Vital statistics of India. Vol. VI, European troops 1870-79
Year: 1870
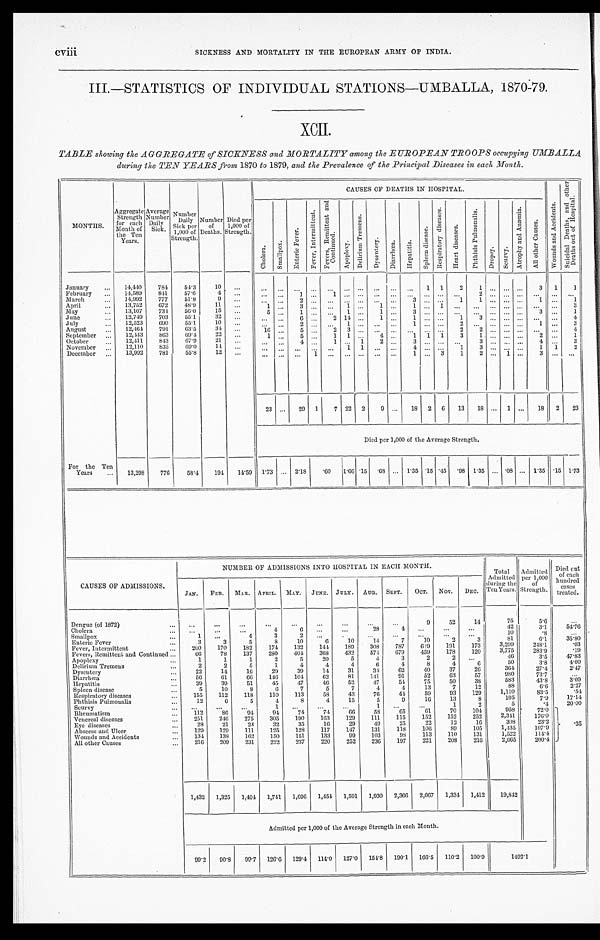
cviii
SICKNESS AND MORTALITY IN THE EUROPEAN ARMY OF INDIA.
III.—STATISTICS OF INDIVIDUAL STATIONS—UMBALLA, 1870-79.
X C I I .
TABLE showing the AGGREGATE of SICKNESS and MORTALITY among the EUROPEAN TROOPS occupying UMBALL
A during the TEN YEARS from 1870 to 1879, and the Prevalence of the Principal Diseases in each Month.
MONTHS.
Aggregate Strength
f or each Mont h of
the Ten
Years.
Average Number
Daily Sick.
Number Daily
Sick per
1,000 of
Strength.
Number of
Deaths.
Died per
1,000 of
Strength.
CAUSES OF DEATHS IN HOSPITAL.
W o u n d s a n d A c c i d e n t s .
S u i c i d a l D e a t h s , a n d o t h e r D e a t h s o u t o f H o s p i t a l .
C h o l e r a .
S m a l l p o x .
E n t e r i c F e v e r . F e v e r , I n t e r m i t t e n t .
F e v e r s , R e m i t t e n t a n d C o n t i n u e d .
A p o p l e x y .
D e l i r i u m T r e m e n s .
D y s e n t e r y .
D i a r r h œ a .
H e p a t i t i s .
S p l e e n d i s e a s e .
R e s p i r a t o r y d i s e a s e s .
H e a r t d i s e a s e s .
P h t h i s i s P u l m o n a l i s .
D r o p s y .
S c u r v y .
A t r o p h y a n d A n æ m i a .
A l l o t h e r C a u s e s .
January
14,440 784 54.3
10
1 1 2 1
3 1 1
February
14,589 841
5 7 . 6
4
1
1
2
March
14,992 777 51.8
9
2
3
1
1
1
1
April
13,752 672 48.9
11
1
3
1
1
1
1
3
May
13,107 734 56.0 15
5
1
1
1
3
3
1
June
12,749 703 55.1
32
6
2 1 4
1
1
1
3
4
July
12,523 690 55.1
10
2
1
1
2
1
3
August
12,464 791 63.5
34
16
5
2 3
2
2
4
September
12,443 863 69.4 22
1
5
1 1
4
1
1 1 3 1
2
1
October
12,411 843 67.9 21
4
1
1 2
3
3
4
3
November
12,110 835 69.0
14
1 1
4
1
3
1 1 2
December
13,992 781 55.8
12
1
1
3 1 2
1
3
23
29 1 7 22 2 9
18 2 6 13 18
1
18 2 23
Died per 1,000 of the Average Strength.
For the Ten
Years
13,298 776
58.4 194 14.59 1.73
2.18 .60
1 . 6 6 .15 .68
1.35 .15 .45 .98 1.35
. 0 8
1.35 .15 1. 73
CAUSES OF ADMISSIONS.
NUMBER OF ADMISSIONS INTO HOSPITAL IN EACH MONTH.
Total
Admitted
duri ng t he
Ten Years.
Admitted
per 1,000 o
f Strength.
D i e d o u t o f e a c h h u n d r e d c a s e s t r e a t e d .
JAN. FEB. MAR. APRIL. MAY. JUNE. JULY. AUG. SEPT. OCT. NOV. DEC.
Dengue (of 1872)
9
52
14
75
5. 6
Cholera
4
6
28
4
4 2
3 . 1
5 4 . 7 6
Smallpox
1
4
3
2
1 0
. 8
Enteric Fever
3
3
5
8
10
6
10
14
7
1 0 2
3
8 1
6 . 1
3 5 . 8 0
Fever, Intermittent
200 170 182 174 132 144 189 308 787 649 191 173
3 , 2 9 9
2 4 8 . 1
. 0 3
Fevers, Remittent and Continued
6 6 78 137 280 404 368 432 574 679 459 178 120
3 , 7 7 5
2 8 3 . 9
. 1 9
Apoplexy
1
1
1
2
5
20
5
4
3
2
2
4 6
3 . 5
4 7 . 8 3
Delirium Tremens
2
2
5
1
4
4
4
6
4
8
4
6
5 0
3 . 8
4 . 0 0
Dysentery
22
14
16
29
39
14
31
34
6 2
4 0
3 7
2 6
3 6 4
2 7 . 4
2 . 4 7
Diarrhœa
56
61
66 146 104
62
81 141
9 1
5 2
6 3
5 7
9 8 0
7 3 . 7
Hepatitis
39
39
51
45
47
46
52
47
54 75
50
38
5 8 3
4 3 . 8
3 . 0 9
Spleen disease
5
10
8
6
7
5
7
4
4
13
7
1 2
8 8
6 . 6
2 . 2 7
Respiratory diseases
155 112 118 110 113
58 43
76
44
5 9 93
1 2 9
1 , 1 1 0
8 3 . 5 .54
Phthisis Pulmonalis
12
6
5
4
8
4
15
5
9
1 6 13
8
1 0 5
7 . 9
1 7 . 1 4
Scurvy
1
1
1
2
5
. 4 .35
Rheumatism
1 1 2 86
94 94 74
74
66
58
6 5
6 1
7 0
1 0 4
9 5 8
7 2 . 0
V e n e r e a l d i s e a s e s
251 246 275 305 190 163 129 111 115 152
152
2 5 2
2 , 3 4 1
1 7 6 . 0
Eye diseases
28
21
23
32
35 16
29
49 25
22
1 2
1 6
3 0 8
2 3 . 2
Abscess and Ulcer
129 129 111 125 128 117 147 131 118 106
8 9
1 0 5
1 , 4 3 5
1 0 7 . 9
Wounds and Accidents
134 138 162 150 151 133
99 103
98
1 1 3
1 1 0
1 3 1
1 , 5 2 2
1 1 4 . 4
All other Causes
216 209 231 222 237 220 252 236 197
2 2 1
2 0 8
2 1 6
2 , 6 6 5
2 0 0 . 4
1,432 1,325 1,494 1,741 1,696 1,451 1,591 1,930 2,366 2,067 1,334 1,412 19,842
Admitted per 1,000 of the Average Strength in each Month.
99.2 90.8 99.7 126.6 129.4 114.0 127.0 154.8 190.1 166.5 110.2 100.9
1 4 9 2 . 1